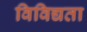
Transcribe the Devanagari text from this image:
विविद्यता